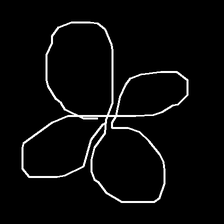
Glyph: billowing